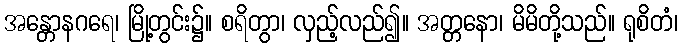
အန္တောနဂရေ၊ မြို့တွင်း၌။ စရိတွာ၊ လှည့်လည်၍။ အတ္တနော၊ မိမိတို့သည်။ ရုစိတံ၊